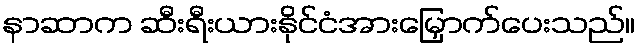
နာဆာက ဆီးရီးယားနိုင်ငံအားမြှောက်ပေးသည်။